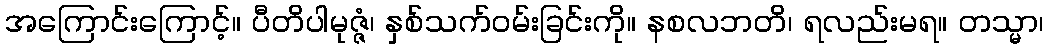
အကြောင်းကြောင့်။ ပီတိပါမုဇ္ဇံ၊ နှစ်သက်ဝမ်းခြင်းကို။ နစလဘတိ၊ ရလည်းမရ။ တသ္မာ၊